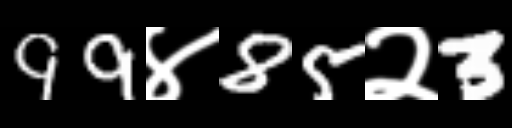
Text: 99४85२3